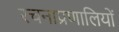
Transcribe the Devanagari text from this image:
रचनाप्रणालियों